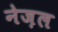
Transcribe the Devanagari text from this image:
नेज़ल